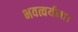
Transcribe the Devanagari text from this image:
भवत्वर्यमा।